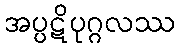
အပ္ပဋိပုဂ္ဂလဿ